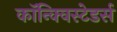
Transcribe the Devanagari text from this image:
कॉन्क्विस्टेडर्स